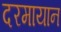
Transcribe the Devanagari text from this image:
दरमायान